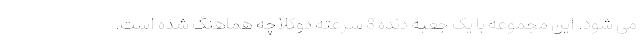
می شود. این مجموعه با یک جعبه دنده 8 سرعته دوکلاچه هماهنگ شده است.